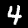
Digit: 4